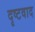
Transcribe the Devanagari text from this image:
दृष्टवाद